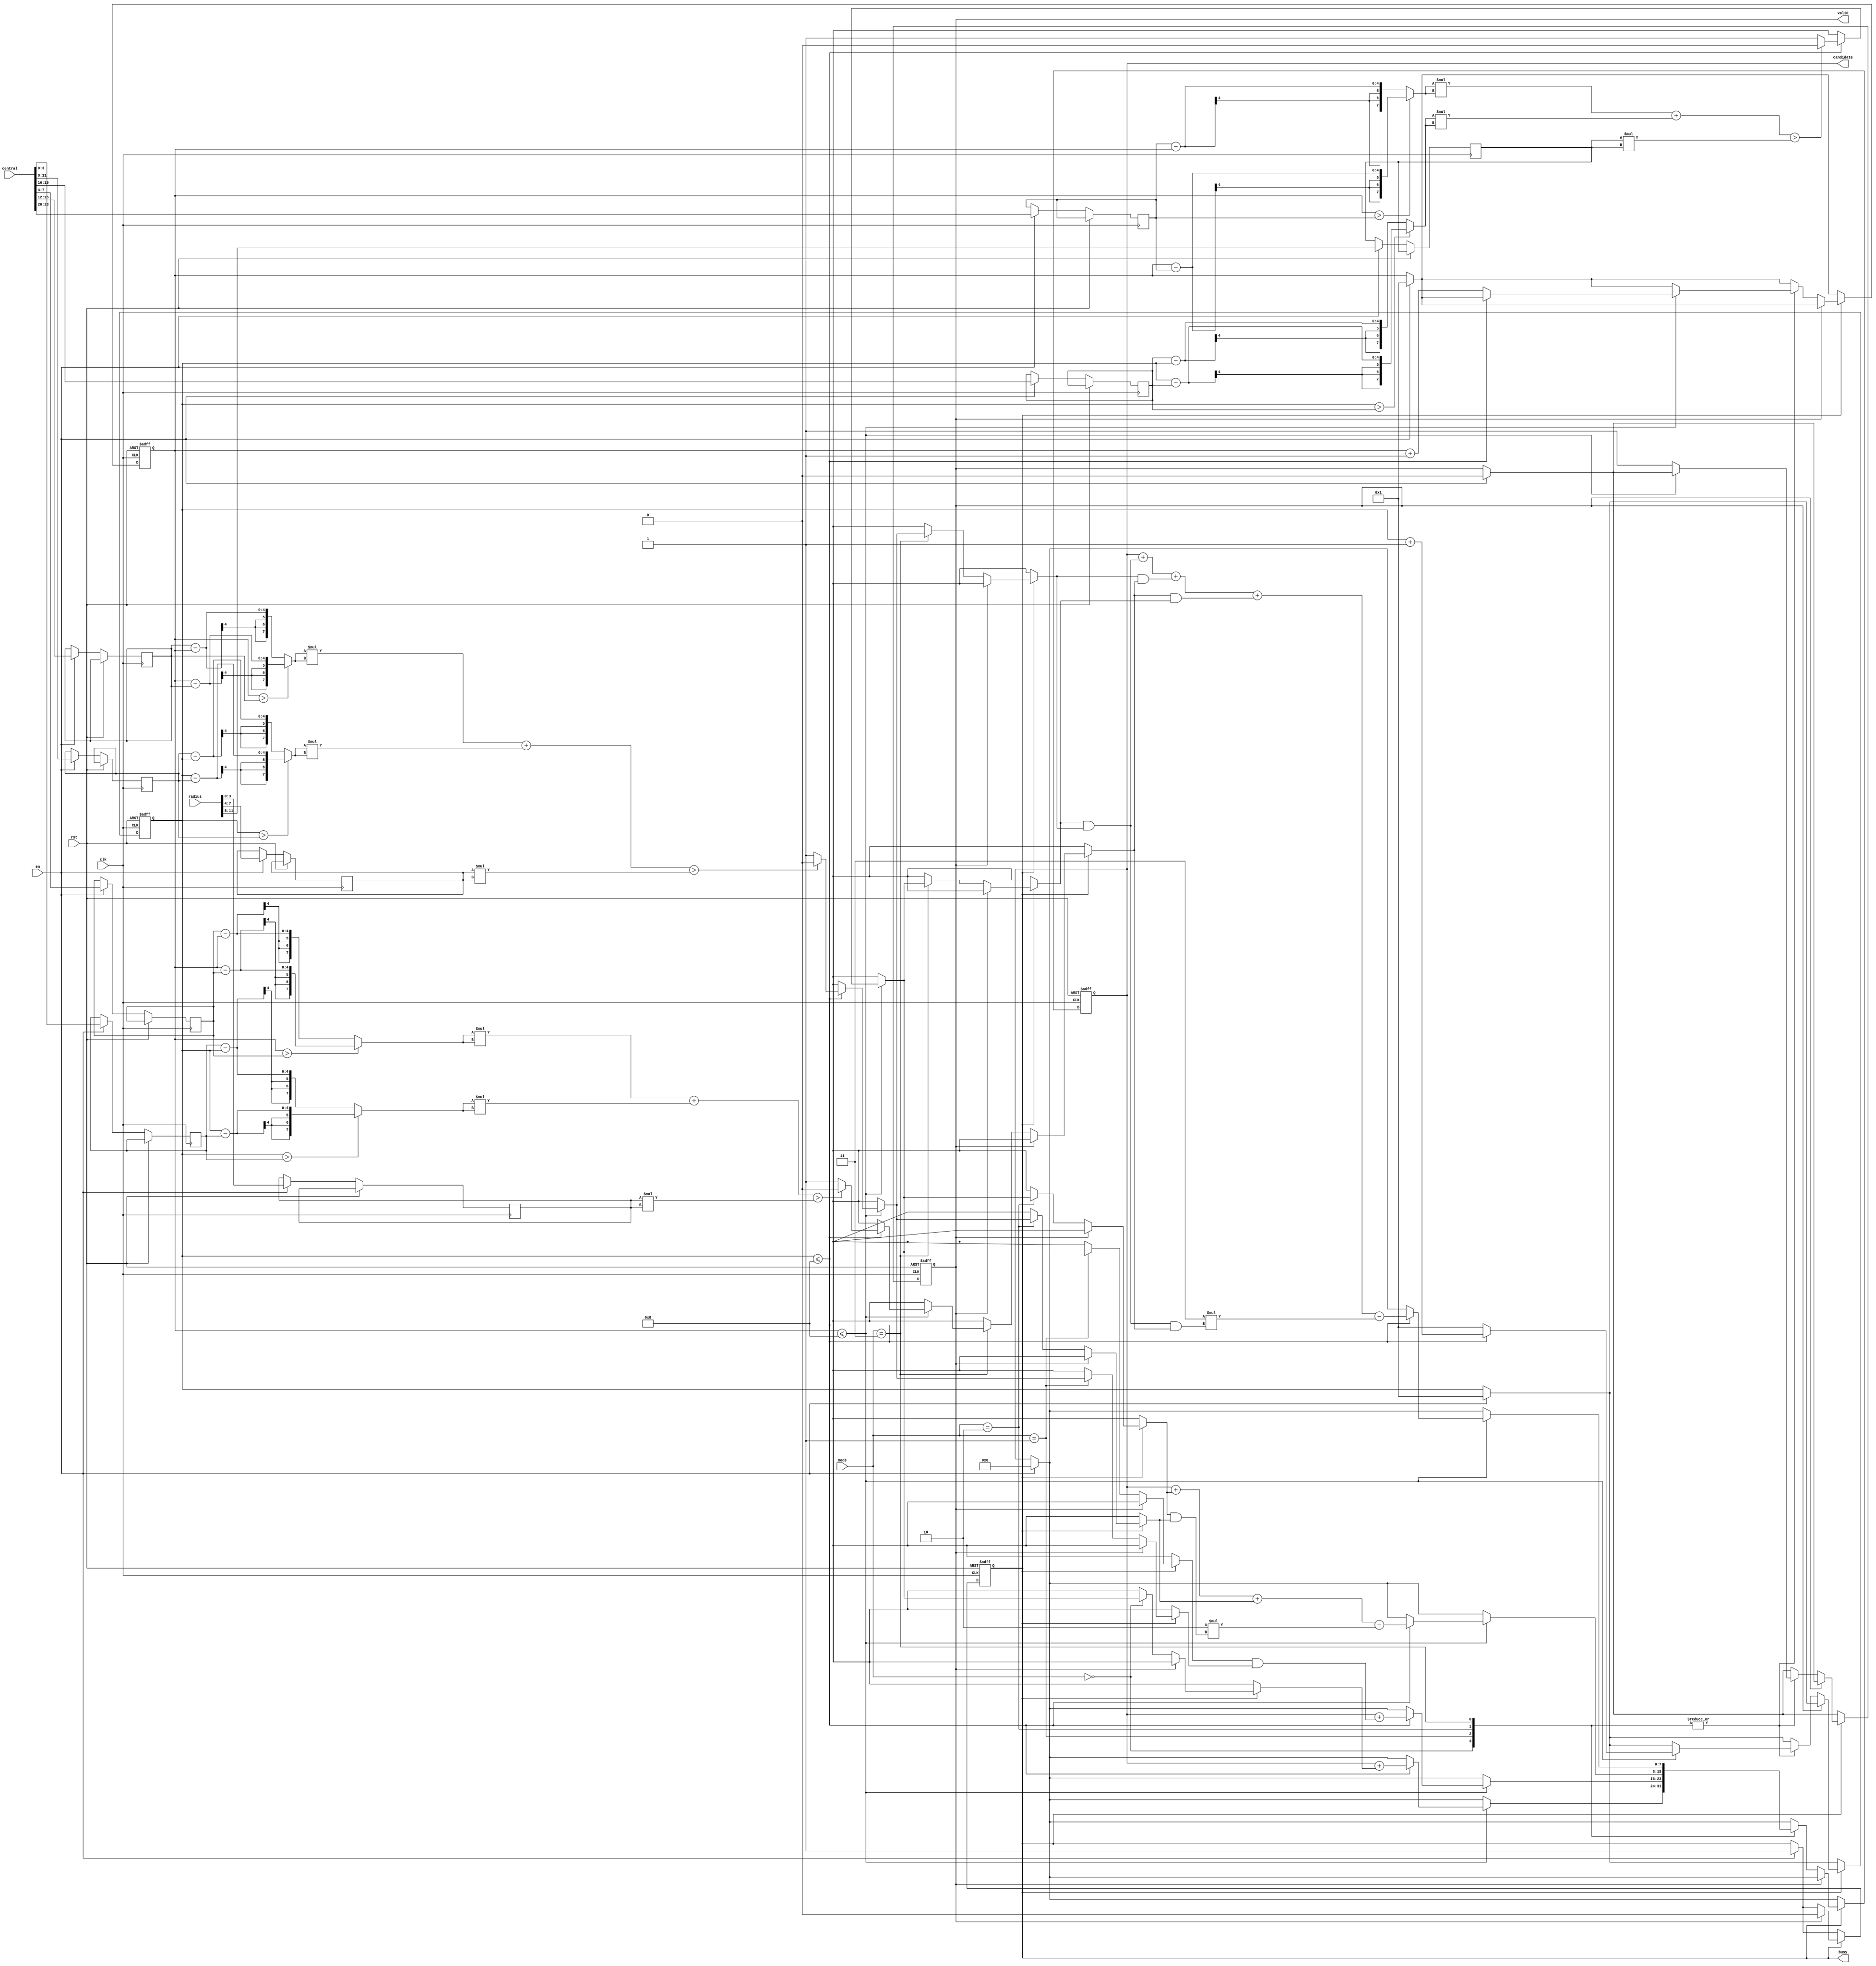
`define abs(a,b) ((a>b)? a-b : b-a )
module SET ( clk , rst, en, central, radius, mode, busy, valid, candidate );

input clk, rst;
input en;
input [23:0] central;
input [11:0] radius;
input [1:0] mode;
output reg busy;
output reg valid;
output reg [7:0] candidate;

////////////////////////////////
////////Define Somethings///////
////////////////////////////////

reg [3:0] x [3:1];
reg [3:0] y [3:1];
reg [3:0] r [3:1];
reg [3:0] m,n;


always@(posedge clk or posedge rst)
begin
  if(rst)
  begin
    busy <= 1'b0;
    valid <= 1'b0;
    candidate <= 8'd0;
    m <= 4'd0;
    n <= 4'd0;
  end
  
  else
  begin
    if (en)
    begin
      busy <= 1'b1;
      valid <= 1'b0;
      candidate <= 8'd0;
      x[1] <= central[23:20];
      y[1] <= central[19:16];
      x[2] <= central[15:12];
      y[2] <= central[11:8];
      x[3] <= central[7:4];
      y[3] <= central[3:0];
      r[1] <= radius[11:8];
      r[2] <= radius[7:4];
      r[3] <= radius[3:0];
      m <= 4'd1;
      n <= 4'd1;
    end
  
    if (busy)
    begin
      if (valid)
      begin
        busy <= 1'b0;
      end
      
      else
      begin
      case(mode)
      
      2'd0:
      begin
        
      if( m <= 8 )
      begin
        if( n <= 8 )
        begin
          candidate <= candidate + certificate(r[1],x[1],y[1],m,n);
          n <= n+1;
        end
        else
        begin
          m <= m+1;
          n <= 4'd1;
        end
      end
      
      else
      begin
      valid <= 1'b1;
      end
      
      end
      
      2'd1:
      begin
        
      if( m <= 8 )
      begin
        if( n <= 8 )
        begin
          candidate <= candidate + ( certificate(r[1],x[1],y[1],m,n) & certificate(r[2],x[2],y[2],m,n) );
          n <= n+1;
        end
        else
        begin
          m <= m+1;
          n <= 4'd1;
        end
      end
      
      else
      begin
      valid <= 1'b1;
      end
      
      end
      
      2'd2:
      begin
        
      if( m <= 8 )
      begin
        if( n <= 8 )
        begin
          candidate <= candidate + certificate(r[1],x[1],y[1],m,n) + certificate(r[2],x[2],y[2],m,n) - 2 * ( certificate(r[1],x[1],y[1],m,n) & certificate(r[2],x[2],y[2],m,n) );
          n <= n+1;
        end
        else
        begin
          m <= m+1;
          n <= 4'd1;
        end
      end
      
      else
      begin
      valid <= 1'b1;
      end
      
      end
      
      2'd3:
      begin
        
      if( m <= 8 )
      begin
        if( n <= 8 )
        begin
          candidate <= candidate + ( certificate(r[1],x[1],y[1],m,n) & certificate(r[2],x[2],y[2],m,n) ) + ( certificate(r[2],x[2],y[2],m,n) & certificate(r[3],x[3],y[3],m,n) ) + ( certificate(r[3],x[3],y[3],m,n) & certificate(r[1],x[1],y[1],m,n) ) - 3 * ( certificate(r[1],x[1],y[1],m,n) & certificate(r[2],x[2],y[2],m,n) & certificate(r[3],x[3],y[3],m,n));
          n <= n+1;
        end
        else
        begin
          m <= m+1;
          n <= 4'd1;
        end
      end
      
      else
      begin
      valid <= 1'b1;
      end
      
      end
      
      endcase
      end
      
    end
    
  end
                
end

function  certificate;
input [3:0] r,cxpoint,cypoint,xp,yp;
reg [7:0] circlecal;
reg [7:0] square;


begin
  
  circlecal = ( `abs(xp,cxpoint) * `abs(xp,cxpoint) ) + ( `abs(yp,cypoint) * `abs(yp,cypoint) );
  square = r * r;
  
  if( circlecal > square )
  begin
    certificate = 1'b0;
  end
  else
  begin
    certificate = 1'b1;
  end
  
end
endfunction

endmodule